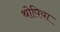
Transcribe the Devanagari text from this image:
थोपिया